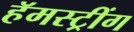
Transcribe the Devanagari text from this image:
हॅमस्ट्रींग